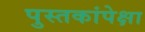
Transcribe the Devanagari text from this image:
पुस्तकांपेक्षा